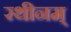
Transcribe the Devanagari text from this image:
रथीनम्